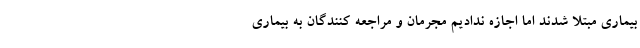
بیماری مبتلا شدند اما اجازه ندادیم مجرمان و مراجعه کنندگان به بیماری